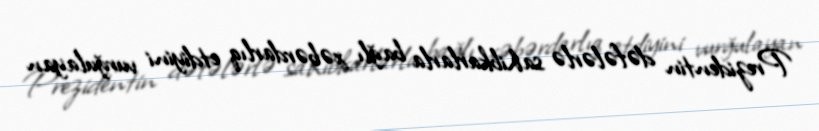
Prezidentin dəfələrlə sahibkarlarla bağlı xəbərdarlıq etdiyini vurğulayan